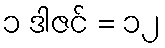
၁ ဒါဇင် = ၁၂